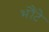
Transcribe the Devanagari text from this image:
भौंटे